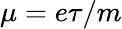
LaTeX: \mu=e\tau/m